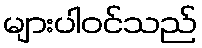
များပါဝင်သည်